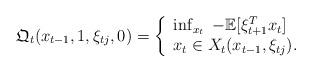
LaTeX: \begin{align*}\mathfrak{Q}_t( x_{t-1}, 1 , \xi_{t j} , 0 ) = \left\{ \begin{array}{l}\inf_{x_t} \; - \mathbb{E}[\xi_{t+1}^T x_t ] \\ x_t \in X_t(x_{t-1}, \xi_{t j} ).\end{array}\right.\end{align*}